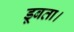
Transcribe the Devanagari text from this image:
डूबता।